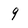
Character: 9